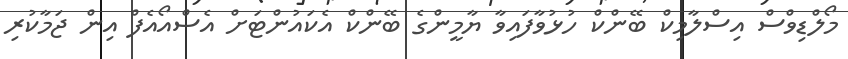
މޯލްޑިވްސް އިސްލާމިކް ބޭންކް ހުޅުވާފައިވާ ޔާމީންގެ ބޭންކް އެކައުންޓަށް އެސްއޯއެފް އިން ޖަމާކުރި